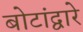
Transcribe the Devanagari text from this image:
बोटांद्वारे